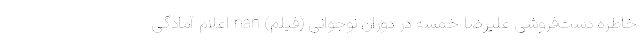
خاطره دست‌فروشی علیرضا خمسه در دوران نوجوانی (فیلم) nan اعلام آمادگی